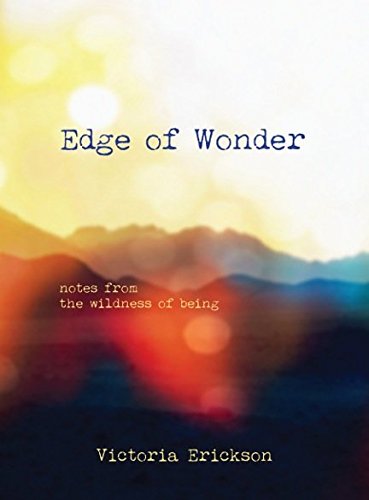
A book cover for EDGE OF WONDER: Notes From The Wildness Of Being; Victoria Erickson; Literature & Fiction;